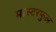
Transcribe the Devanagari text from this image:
मास्टरफुल